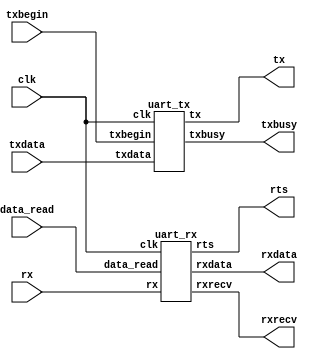
`timescale 1ns / 1ps
`default_nettype none

//////////////////////////////////////////////////////////////////////////////////
// Company: 
// Engineer: 
// 
// Design Name: 
// Module Name:    uart 
// Project Name: 
// Target Devices: 
// Tool versions: 
// Description: 
//
// Dependencies: 
//
// Revision: 
// Revision 0.01 - File Created
// Additional Comments: 
//
//////////////////////////////////////////////////////////////////////////////////

module uart (
    // CPU interface
    input wire clk,  // 7 MHz
    input wire [7:0] txdata,
    input wire txbegin,
    output wire txbusy,
    output wire [7:0] rxdata,
    output wire rxrecv,
    input wire data_read,
    // RS232 interface
    input wire rx,
    output wire tx,
    output wire rts
    );

    uart_tx transmitter (
        .clk(clk),
        .txdata(txdata),
        .txbegin(txbegin),
        .txbusy(txbusy),
        .tx(tx)
    );

    uart_rx receiver (
        .clk(clk),
        .rxdata(rxdata),
        .rxrecv(rxrecv),
        .data_read(data_read),
        .rx(rx),
        .rts(rts)
    );
endmodule    

module uart_tx (
    // CPU interface
    input wire clk,  // 7 MHz
    input wire [7:0] txdata,
    input wire txbegin,
    output wire txbusy,
    // RS232 interface
    output reg tx
    );

    initial tx = 1'b1;

    parameter CLK = 7000000;
    parameter BPS = 115200;
    parameter PERIOD = CLK / BPS;
  
    parameter
        IDLE  = 2'd0,
        START = 2'd1,
        BIT   = 2'd2,
        STOP  = 2'd3;
  
    reg [7:0] txdata_reg;
    reg [1:0] state = IDLE;
    reg [15:0] bpscounter;
    reg [2:0] bitcnt;
    reg txbusy_ff = 1'b0;
    assign txbusy = txbusy_ff;

    always @(posedge clk) begin
        if (txbegin == 1'b1 && txbusy_ff == 1'b0 && state == IDLE) begin
            txdata_reg <= txdata;
            txbusy_ff <= 1'b1;
            state <= START;
            bpscounter <= PERIOD;
        end
        if (txbegin == 1'b0 && txbusy_ff == 1'b1) begin
            case (state)
                START:
                    begin
                        tx <= 1'b0;
                        bpscounter <= bpscounter - 16'd1;
                        if (bpscounter == 16'h0000) begin
                            bpscounter <= PERIOD;
                            bitcnt <= 3'd7;
                            state <= BIT;
                        end
                    end
                BIT:
                    begin
                        tx <= txdata_reg[0];
                        bpscounter <= bpscounter - 16'd1;
                        if (bpscounter == 16'h0000) begin
                            txdata_reg <= {1'b0, txdata_reg[7:1]};
                            bpscounter <= PERIOD;
                            bitcnt <= bitcnt - 3'd1;
                            if (bitcnt == 3'd0) begin
                                state <= STOP;
                            end
                        end
                    end
                STOP:
                    begin
                        tx <= 1'b1;
                        bpscounter <= bpscounter - 16'd1;
                        if (bpscounter == 16'h0000) begin
                            bpscounter <= PERIOD;
                            txbusy_ff <= 1'b0;
                            state <= IDLE;
                        end
                    end
                default: 
                    begin
                        state <= IDLE;
                        txbusy_ff <= 1'b0;
                    end
            endcase
        end
    end
endmodule

module uart_rx (
    // CPU interface
    input wire clk,  // 7 MHz
    output reg [7:0] rxdata,
    output reg rxrecv,
	 input wire data_read,
    // RS232 interface
    input wire rx,
	 output reg rts
    );

    initial rxrecv = 1'b0;
	 initial rts = 1'b0;

    parameter CLK = 7000000;
    parameter BPS = 115200;
    parameter PERIOD = CLK / BPS;
    parameter HALFPERIOD = PERIOD / 2;
  
    parameter
        IDLE  = 3'd0,
        START = 3'd1,
        BIT   = 3'd2,
        STOP  = 3'd3,
		  WAIT  = 3'd4;

    // Sincronizacin de seales externas
    reg [1:0] rx_ff = 2'b00;
    always @(posedge clk) begin
        rx_ff[1] <= rx_ff[0];
        rx_ff[0] <= rx;
    end
    wire rx_int = rx_ff[1];
    
    reg [7:0] rxvalues = 8'h00;
    always @(posedge clk) begin
        rxvalues <= {rxvalues[6:0], rx_int};
    end
    wire rx_is_1    = (rxvalues==8'hFF)? 1'b1: 1'b0;
    wire rx_is_0    = (rxvalues==8'h00)? 1'b1: 1'b0;
    wire rx_negedge = (rxvalues==8'hF0)? 1'b1: 1'b0;
    
    reg [15:0] bpscounter;
    reg [2:0] state = IDLE;
    reg [2:0] bitcnt;
    
    reg [7:0] rxshiftreg;

    always @(posedge clk) begin
        case (state)
            IDLE:
                begin
                    rxrecv <= 1'b0;
                    rts <= 1'b0;
                    if (rx_negedge == 1'b1) begin
                        bpscounter <= PERIOD - 4;  // porque ya hemos perdido 4 ciclos detectando el flanco negativo
                        state <= START;
                        rts <= 1'b1;
                    end
                end
            START:
                begin
                    bpscounter <= bpscounter - 8'd1;
                    if (bpscounter == HALFPERIOD) begin
                        if (!rx_is_0) begin  // si no era una seal de START de verdad
                            state <= IDLE;
                            rts <= 1'b0;
                        end
                    end
                    else if (bpscounter == 16'h0000) begin
                        bpscounter <= PERIOD;
                        rxshiftreg <= 8'h00;
                        bitcnt <= 3'd7;
                        rxrecv <= 1'b0;
                        state <= BIT;
                    end
                end
            BIT:
                begin
                    bpscounter <= bpscounter - 16'd1;
                    if (bpscounter == HALFPERIOD) begin
                        if (rx_is_1) begin
                            rxshiftreg <= {1'b1, rxshiftreg[7:1]};
                        end
                        else if (rx_is_0) begin
                            rxshiftreg <= {1'b0, rxshiftreg[7:1]};
                        end
                        else begin
                            state <= IDLE;
                            rts <= 1'b0;
                        end
                    end
                    else if (bpscounter == 16'h0000) begin
                        bitcnt <= bitcnt - 3'd1;
                        bpscounter <= PERIOD;
                        if (bitcnt == 3'd0)
                            state <= STOP;
                    end
                end
            STOP:
                begin
                    bpscounter <= bpscounter - 16'd1;
                    if (bpscounter == HALFPERIOD) begin
                        if (!rx_is_1) begin  // si no era una seal de STOP de verdad
                            state <= IDLE;
                            rts <= 1'b0;
                        end
                    end
                    else if (bpscounter == 16'h0000) begin
                        rxrecv <= 1'b1;
                        rxdata <= rxshiftreg;
                        state <= WAIT;
                    end
                end
            WAIT:
                begin
                    rxrecv <= 1'b0;
                    if (data_read == 1'b1) begin	
                        rts <= 1'b0;
                        state <= IDLE;
                    end
                end
            default: state <= IDLE;
        endcase
    end
endmodule